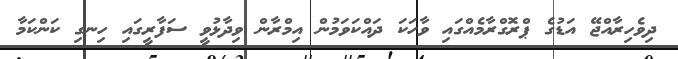
ދިވެހިރާއްޖޭ އަޑުގެ ޕްރޮގްރާމެއްގައި ވާހަކަ ދައްކަވަމުން އިމްރާން ވިދާޅުވީ ސަފާރީގައި ހިނގި ކަންކަމާ